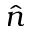
\hat { n }